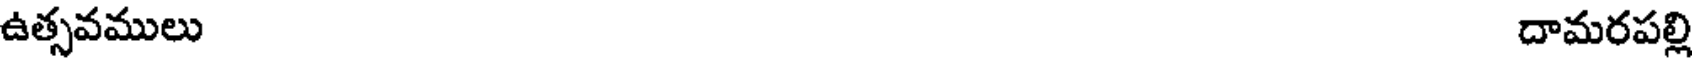
ఉత్సవములు దామరపల్లి